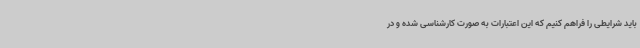
باید شرایطی را فراهم کنیم که این اعتبارات به صورت کارشناسی شده و در